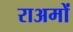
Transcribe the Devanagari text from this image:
राअमों